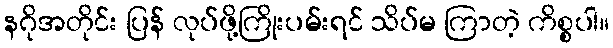
နဂိုအတိုင်း ပြန် လုပ်ဖို့ကြိုးပမ်းရင် သိပ်မ ကြာတဲ့ ကိစ္စပါ။